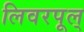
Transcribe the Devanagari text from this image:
लिवरपूल्